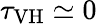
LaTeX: \tau_{\mathrm{VH}}\simeq 0